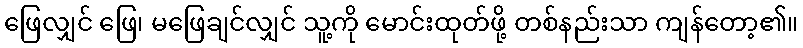
ဖြေလျှင် ဖြေ၊ မဖြေချင်လျှင် သူ့ကို မောင်းထုတ်ဖို့ တစ်နည်းသာ ကျန်တော့၏။